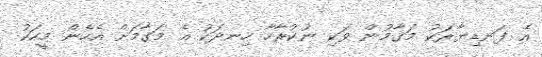
އެ ފަނޑިޔާރަކު މަގާމުން ވަކި ނުކުރާހާ ހިނދަކު އެ މަގާމަށް އެހެން މީހަކު